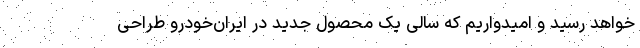
خواهد رسید و امیدواریم که سالی یک محصول جدید در ایران‌خودرو طراحی